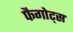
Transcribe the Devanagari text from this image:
फैगोट्स